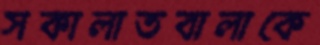
সকালাতবালাকে